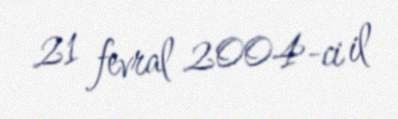
21 fevral 2004-ci il